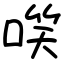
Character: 㗛